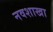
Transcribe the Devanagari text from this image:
नवशाखा